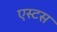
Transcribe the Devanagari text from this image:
एस्टस